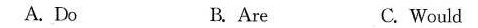
A. Do B. Are C. Would